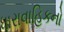
ધારાવાહિકનો